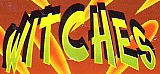
WITCHES